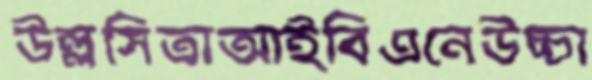
উল্লসিতাআইবিএনেউচ্চা